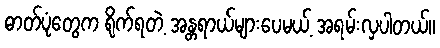
ဓာတ်ပုံတွေက ရိုက်ရတဲ့ အန္တရာယ်များပေမယ့် အရမ်းလှပါတယ်။